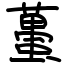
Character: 蠆